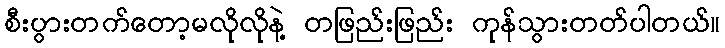
စီးပွားတက်တော့မလိုလိုနဲ့ တဖြည်းဖြည်း ကုန်သွားတတ်ပါတယ်။